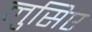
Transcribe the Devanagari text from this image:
लुसिए